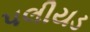
પલીયડ